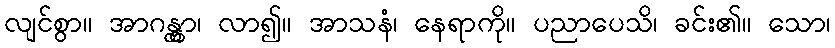
လျင်စွာ။ အာဂန္တွာ၊ လာ၍။ အာသနံ၊ နေရာကို။ ပညာပေသိ၊ ခင်း၏။ သော၊